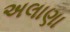
અલાણા